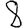
Digit: 8